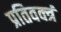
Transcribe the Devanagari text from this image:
प्रतिवक्त्रं